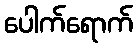
ပေါက်ရောက်